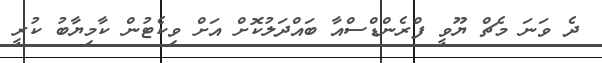
ދެ ވަނަ މެޗް ޔޫވީ ފްރެންޑްސްއާ ބައްދަލުކޮށް އަށް ވިކެޓުން ކާމިޔާބު ކުރީ